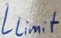
Text: Llimit